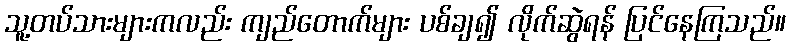
သူ့တပ်သားများကလည်း ကျည်တောက်များ ပစ်ချ၍ လိုက်ဆွဲရန် ပြင်နေကြသည်။